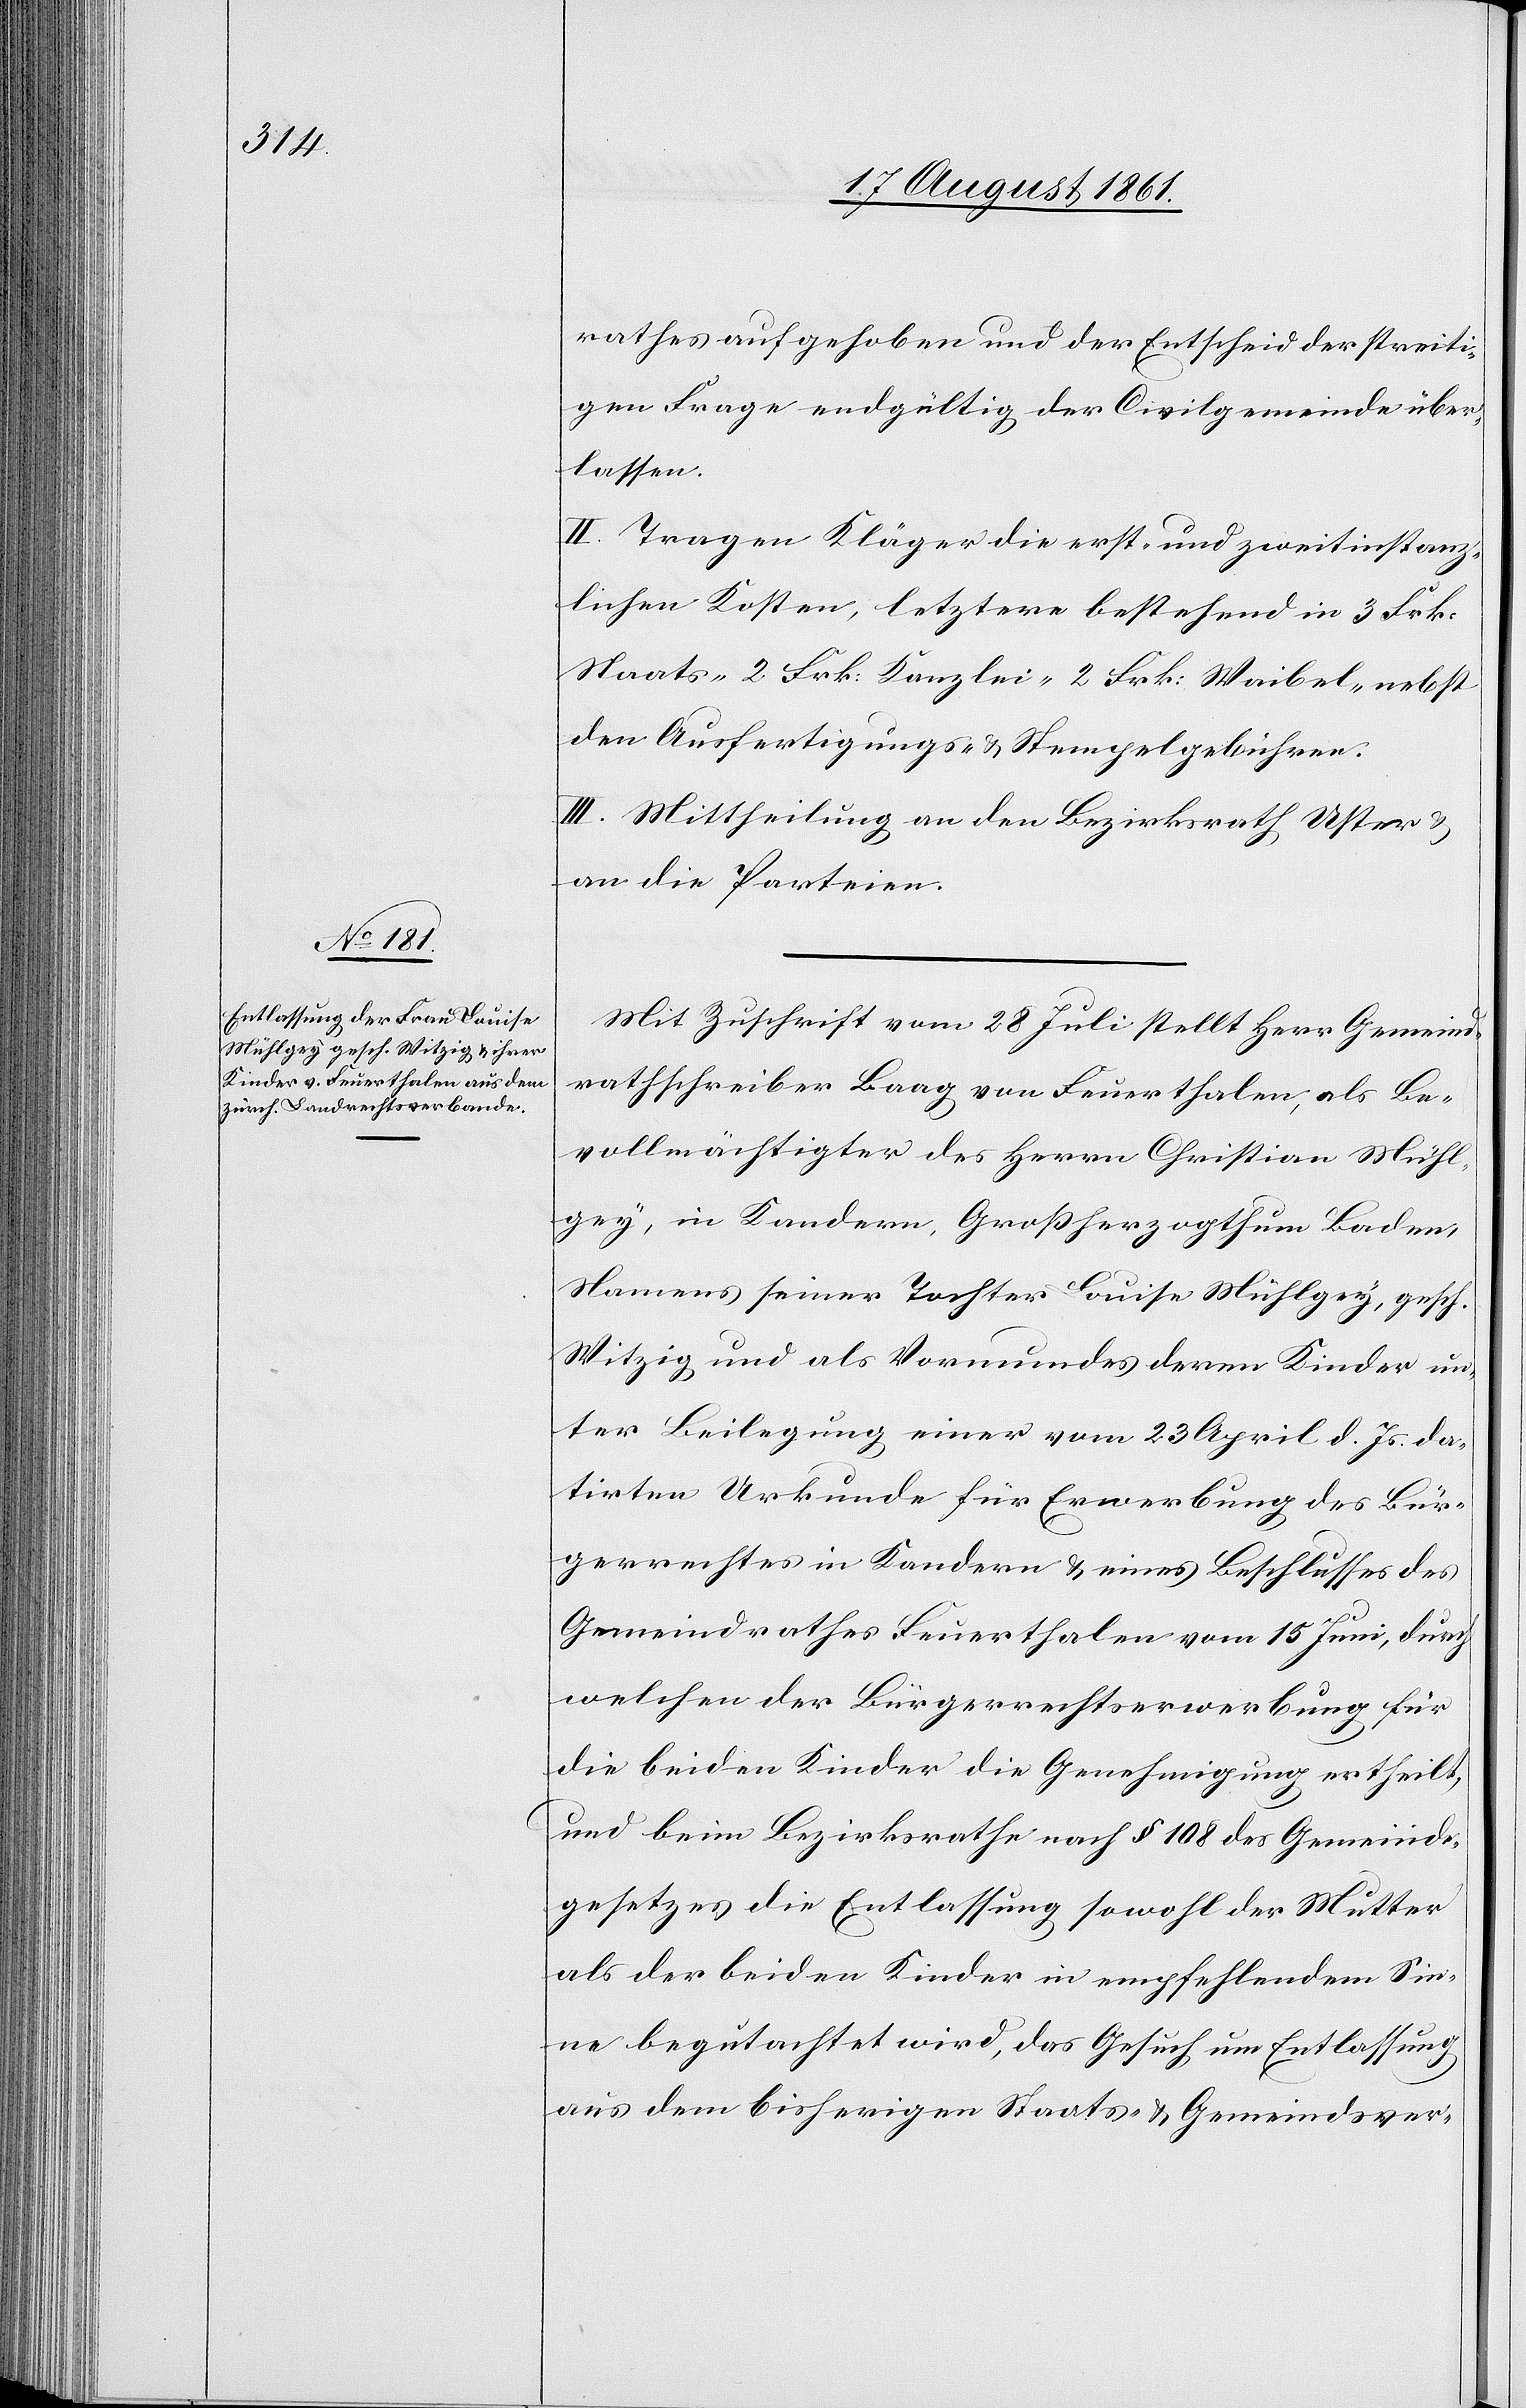
rathes aufgehoben und der Entscheid der streiti¬
gen Frage endgültig der Civilgemeinde über¬
lassen.
II. Tragen Kläger die erst- und zweitinstanz¬
lichen Kosten, letztere bestehend in 3 Frk.
Staats- 2 Frk. Kanzlei- 2 Frk. Waibel- nebst
den Ausfertigungs- u. Stempelgebühren.
III. Mittheilung an den Bezirksrath Uster u.
an die Parteien.
Mit Zuschrift vom 28 Juli stellt Herr Gemeind¬
rathsschreiber Baag von Feuerthalen, als Be¬
vollmächtigter des Herren Christian Mühl¬
gey, in Kandern, Großherzogthum Baden,
Namens seiner Tochter Louise Mühlgey, gesch.
Witzig und als Vormundes deren Kinder un¬
ter Beilegung einer vom 23 April d. Js. da¬
tirten Urkunde für Erwerbung des Bür¬
gerrechtes in Kandern u. eines Beschlusses des
Gemeindrathes Feuerthalen vom 15 Juni, durch
welchen der Bürgerrechtserwerbung für
die beiden Kinder die Genehmigung ertheilt,
und beim Bezirksrathe nach § 108 des Gemeinde¬
gesetzes die Entlassung sowohl der Mutter
als der beiden Kinder in empfehlendem Sin¬
ne begutachtet wird, das Gesuch um Entlassung
aus dem bisherigen Staats- u. Gemeindsver-